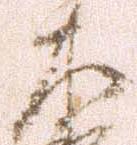
左